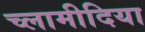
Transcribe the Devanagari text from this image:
च्‍लामीदिया